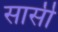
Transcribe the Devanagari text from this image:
सार्सी